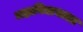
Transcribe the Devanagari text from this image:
महाविद्यायाला